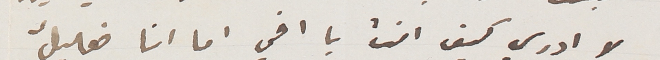
لا ادري كيف انت يا اخي اما انا فعليلٌ